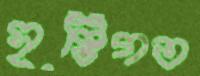
সৃষ্টিগত